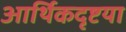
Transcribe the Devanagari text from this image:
आर्थिकदृष्टया